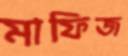
মাফিজ